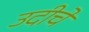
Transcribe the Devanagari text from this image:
उदीचे